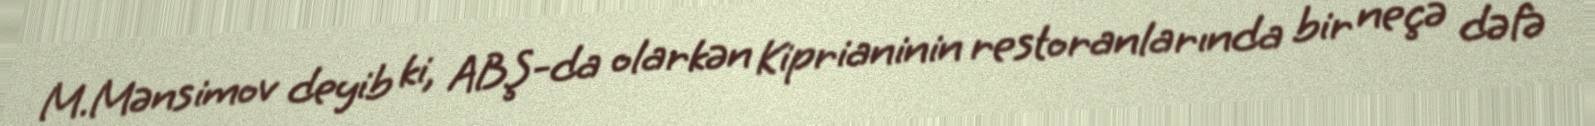
M.Mənsimov deyib ki, ABŞ-da olarkən Kiprianinin restoranlarında bir neçə dəfə